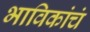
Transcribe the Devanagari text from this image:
भाविकांचं